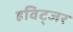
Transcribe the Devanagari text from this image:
हविट्जर